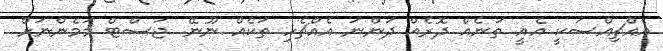
އެއްޗިއްސަކީ އެއީ ތަނެއް ދޮރެއް ދަންނަ އެއްޗެހި ތަކެއް ނޫނޭ. ޖަސްޓް މަމެންނަށް